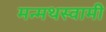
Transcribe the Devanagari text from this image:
मन्मथस्वामी